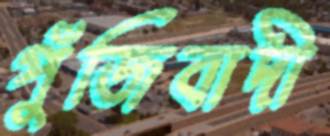
পুঁজিবাদী